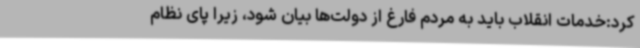
کرد:خدمات انقلاب باید به مردم فارغ از دولت‌ها بیان شود، زیرا پای نظام